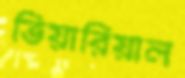
ভিয়ারিয়াল